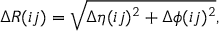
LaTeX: \Delta R ( { i j } ) = \sqrt { \Delta \eta ( { i j } ) ^ { 2 } + \Delta \phi ( { i j } ) ^ { 2 } } ,